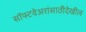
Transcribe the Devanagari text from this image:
सॉफ्टवेअरांसाठीदेखील